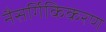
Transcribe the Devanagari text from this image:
नैसर्गिकिकरण